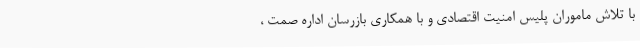
با تلاش ماموران پلیس امنیت اقتصادی و با همکاری بازرسان اداره صمت ،